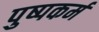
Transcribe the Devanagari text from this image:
पुष्पकर्म